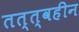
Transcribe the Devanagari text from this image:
तत्त्वहीन